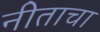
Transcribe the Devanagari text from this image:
नीताचा